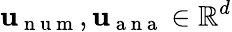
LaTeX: \mathbf{u}_{\mathrm{~n~u~m~}},\mathbf{u}_{\mathrm{~a~n~a~}}\in\mathbb{R}^{d}